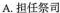
A.担任祭司